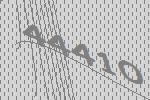
44410